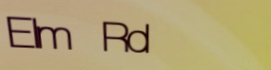
Elm Rd